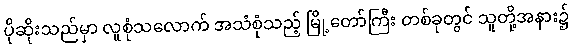
ပိုဆိုးသည်မှာ လူစုံသလောက် အသံစုံသည့် မြို့တော်ကြီး တစ်ခုတွင် သူတို့အနား၌